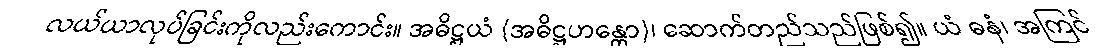
လယ်ယာလုပ်ခြင်းကိုလည်းကောင်း။ အဓိဋ္ဌယံ (အဓိဋ္ဌဟန္တော)၊ ဆောက်တည်သည်ဖြစ်၍။ ယံ ဓနံ၊ အကြင်